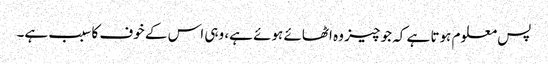
پس معلوم ہوتا ہے کہ جو چیز وہ اٹھائے ہوئے ہے، وہی اس کے خوف کا سبب ہے۔